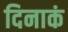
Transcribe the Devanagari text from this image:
दिनाकं